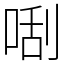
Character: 𠵯